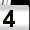
Digit: 4